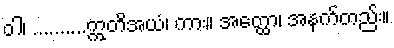
ဝါ၊ ..........ဣတိအယံ၊ ကား။ အတ္ထော၊ အနက်တည်း။